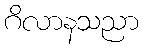
ဂိလာနသညာ